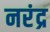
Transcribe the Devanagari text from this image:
नरंद्र